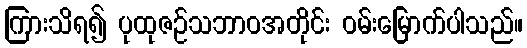
ကြားသိရ၍ ပုထုဇဉ်သဘာဝအတိုင်း ဝမ်းမြောက်ပါသည်။